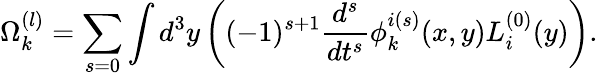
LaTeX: \Omega_{k}^{(l)}=\sum_{s=0}\int d^{3}y\left((-1)^{s+1}\frac{d^{s}}{dt^{s}}\phi_{k}^{i(s)}(x,y)L_{i}^{(0)}(y)\right).